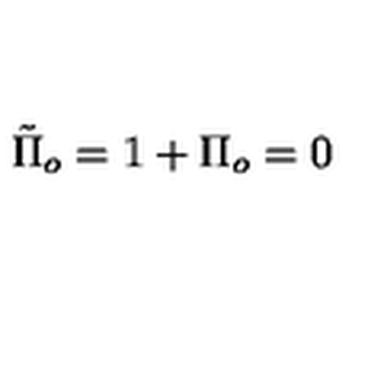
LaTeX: \tilde { \Pi } _ { o } = 1 + \Pi _ { o } = 0